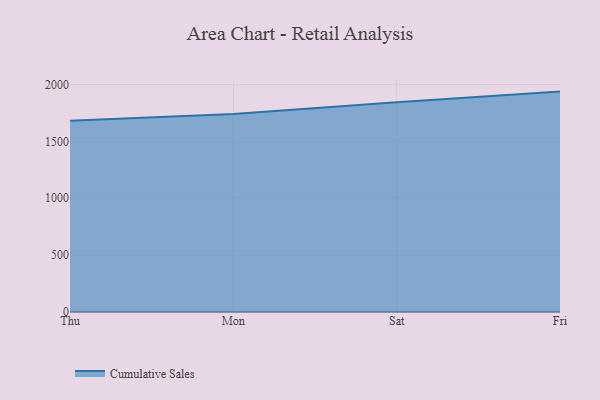
{"axis": {"x": "Day", "y": "Latency (ms)"}, "legend": ["Cumulative Sales"], "data": [{"x": "Thu", "y": 1681.5, "type": "Cumulative Sales"}, {"x": "Mon", "y": 1741.7, "type": "Cumulative Sales"}, {"x": "Sat", "y": 1842.9, "type": "Cumulative Sales"}, {"x": "Fri", "y": 1937.6, "type": "Cumulative Sales"}]}